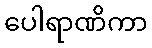
ပေါရာဏိကာ